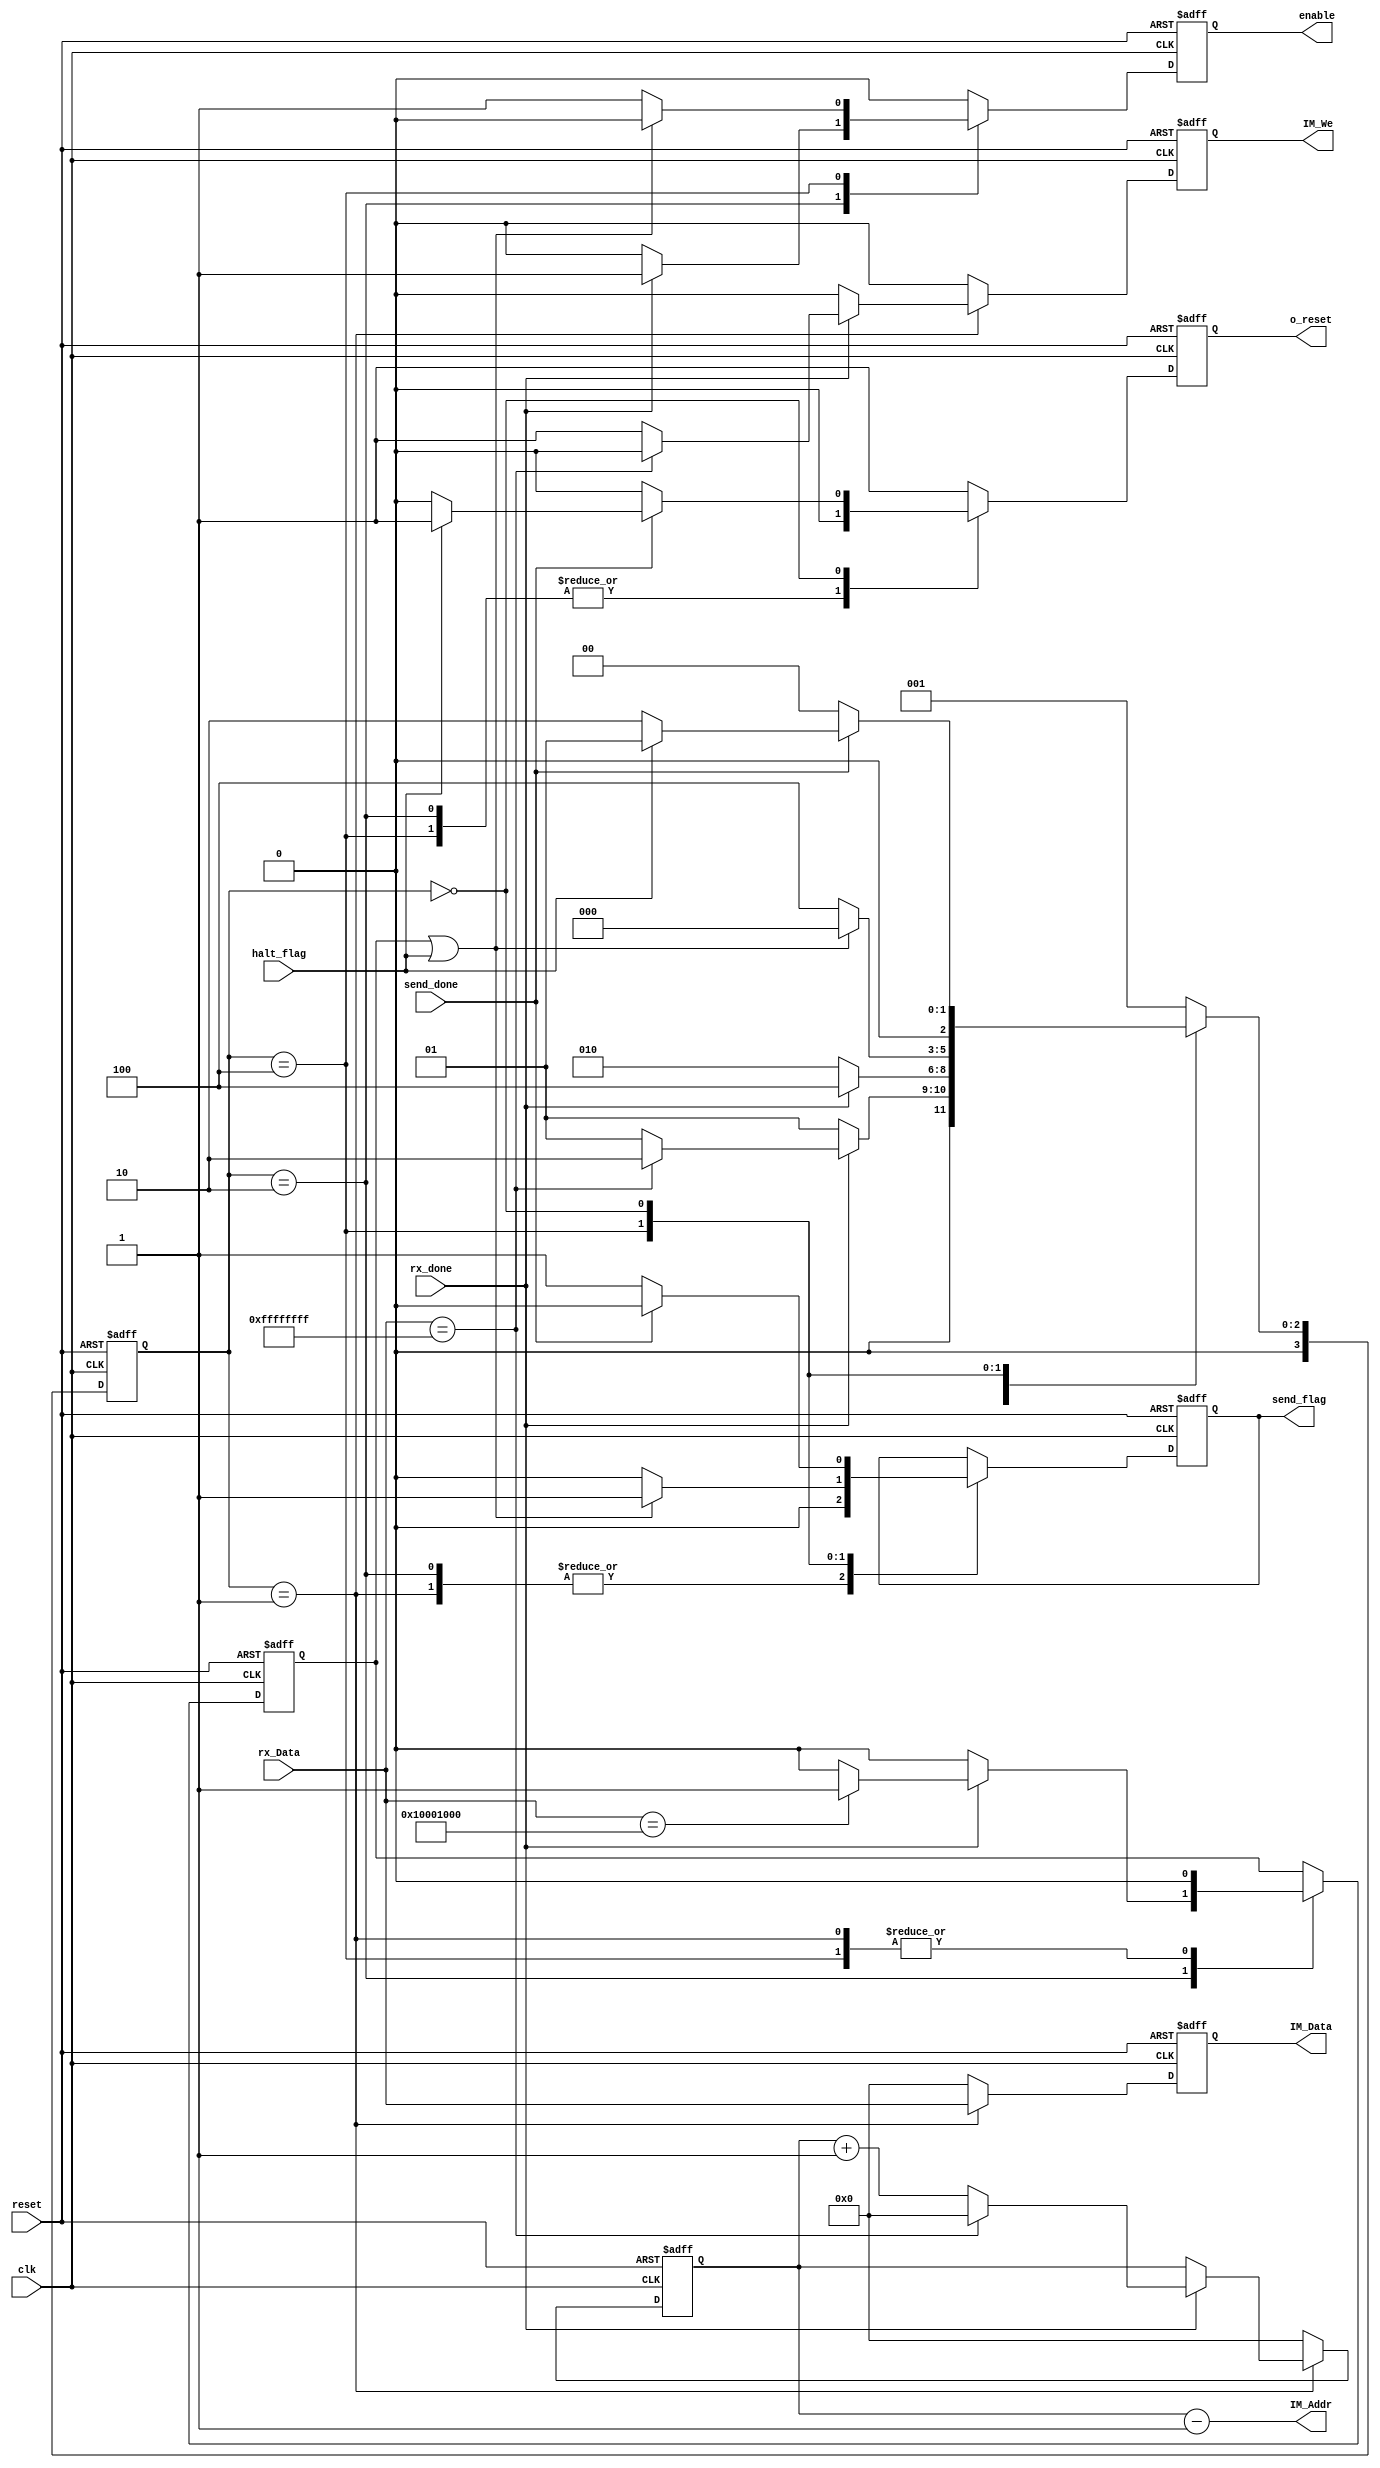
module debug_control    #(
    parameter   IM_ADDR_LENGTH      =       32      ,
    parameter   INST_WIDTH          =       32      ,
    parameter   NBITS               =       32
)
(
    /*  Entradas    */
    input   wire    clk         ,       reset       ,
    input   wire    [NBITS-1:0]         rx_Data     ,
    input   wire    rx_done     ,       halt_flag   ,
                                        send_done   ,
    /*  Salidas     */
    output  wire    enable      ,       o_reset     ,
                                        send_flag   ,
                                        IM_We       ,
    output  wire    [IM_ADDR_LENGTH-1:0]IM_Addr     ,
    output  wire    [INST_WIDTH-1:0]    IM_Data
);

    /*      Estados     */
    localparam[3:0]
        RECVPROG        =       4'b0001         ,   //  Recibiendo el programa
        RECVMODE        =       4'b0010         ,   //  Recibiendo el modo de operacion
        RUNPROG         =       4'b0100         ,   //  Correr Programa (Modo Continuo)
        SENDDATA        =       2'b1000         ;   //  Mandando todos los datos
        
    /*      Se�ales auxiliares   */

    reg     [3:0]   state_reg   ,   state_next  ;
    
    //  auxs de salidas
    reg     [IM_ADDR_LENGTH-1:0]    im_addr_reg     ,   im_addr_next    ;
    reg     [INST_WIDTH-1:0]        im_data_reg     ,   im_data_next    ;
    reg                             im_we_reg       ,   im_we_next      ;
    reg                             step_flag_reg   ,   step_flag_next  ;
    reg                             send_flag_reg   ,   send_flag_next  ;
    reg                             enable_reg      ,   enable_next     ;
    reg                             o_reset_reg     ,   o_reset_next    ;
    
    /*      Bloque de reset     */
    always  @(posedge clk, posedge reset)
    begin
        if  (reset)
            begin
                state_reg       <=      RECVPROG        ;
                im_addr_reg     <=      0               ;
                im_data_reg     <=      0               ;
                im_we_reg       <=      0               ;
                step_flag_reg   <=      0               ;
                send_flag_reg   <=      0               ;
                enable_reg      <=      0               ;
                o_reset_reg     <=      1               ;
            end
        else
            begin
                state_reg       <=      state_next      ;
                im_addr_reg     <=      im_addr_next    ;
                im_data_reg     <=      im_data_next    ;
                im_we_reg       <=      im_we_next      ;
                step_flag_reg   <=      step_flag_next  ;
                send_flag_reg   <=      send_flag_next  ;
                enable_reg      <=      enable_next     ;
                o_reset_reg     <=      o_reset_next    ;
            end
    end
    
    /*      Bloque de logica del estado siguiente       */
    always  @*
    begin
        state_next      =       state_reg       ;
        im_addr_next    =       im_addr_reg     ;
        im_data_next    =       im_data_reg     ;
        im_we_next      =       im_we_reg       ;
        step_flag_next  =       step_flag_reg   ;
        send_flag_next  =       send_flag_reg   ;
        enable_next     =       enable_reg      ;
        o_reset_next    =       o_reset_reg     ;
        
        case    (state_reg)
            RECVPROG:
                begin
                    im_data_next    =   rx_Data         ;
                    o_reset_next    =   1               ;
                    step_flag_next  =   0               ;
                    send_flag_next  =   0               ;
                    enable_next     =   0               ;
                    if  (rx_done)
                        begin
                            im_we_next      =   1           ;
                            if  (rx_Data    ==  32'hFFFFFFFF)               //  Ultima instruccion (HALT)
                                begin
                                    im_addr_next    =   0           ;
                                    im_we_next      =   0           ;
                                    state_next      =   RECVMODE    ;
                                end
                            else
                                begin
                                    im_addr_next    =   im_addr_reg + 1     ;
                                    state_next      =   RECVPROG            ;
                                end
                        end
                    else
                        begin
                            im_we_next      =   0           ;
                            im_addr_next    =   im_addr_reg ;
                            state_next      =   RECVPROG    ;
                        end
                end
            RECVMODE:
                begin
                    send_flag_next  =   0               ;
                    im_we_next      =   0               ;
                    o_reset_next    =   0               ;
                    im_addr_next    =   0               ;
                    im_data_next    =   0               ;
                    if  (rx_done)
                        begin
                            enable_next     =       1       ;
                            state_next      =       RUNPROG ;
                            if  (rx_Data    ==  32'h10001000)
                                begin
                                    step_flag_next  =   1       ;
                                end
                            else
                                begin
                                    step_flag_next  =   0       ;
                                end
                            end
                    else
                        begin
                            enable_next     =       0           ;
                            step_flag_next  =       0           ;
                            state_next      =       RECVMODE    ;
                        end
                end
            RUNPROG:
                begin
                    im_we_next      =   0               ;
                    o_reset_next    =   0               ;
                    im_addr_next    =   0               ;
                    im_data_next    =   0               ;
                    if  (step_flag_reg || halt_flag)        //No se si esta bien
                        begin
                            enable_next         =   0           ;
                            step_flag_next      =   0           ;
                            send_flag_next      =   1           ;
                            state_next          =   SENDDATA    ;
                        end
                    /*else if (halt_flag)
                        begin
                            enable_next         =   0           ;
                            step_flag_next      =   0           ;
                            send_flag_next      =   1           ;
                            state_next          =   SENDDATA    ;
                        end*/
                    else
                        begin
                            enable_next         =   1           ;
                            step_flag_next      =   0           ;
                            send_flag_next      =   0           ;
                            state_next          =   RUNPROG     ;
                        end
                end
            SENDDATA:
                begin
                    im_we_next      =   0               ;
                    o_reset_next    =   0               ;
                    im_addr_next    =   0               ;
                    im_data_next    =   0               ;
                    enable_next     =   0               ;
                    if  (send_done)                             // Se termina de transmitir
                        begin
                            send_flag_next  =       0       ;
                            if  (halt_flag)
                                begin
                                    o_reset_next    =   1           ;
                                    state_next      =   RECVPROG    ;
                                end
                            else
                                begin
                                    o_reset_next    =   0           ;
                                    state_next      =   RECVMODE    ;
                                end
                        end
                    else
                        begin
                            send_flag_next  =       1           ;
                            state_next      =       SENDDATA    ;
                        end
                end
            default:
                begin
                    enable_next     =   0           ;
                    im_we_next      =   0           ;
                    o_reset_next    =   1           ;
                    im_addr_next    =   0           ;
                    im_data_next    =   0           ;
                    state_next      =   RECVPROG    ;
                end
        endcase
    end
    
    //  Salidas
    assign      IM_Addr         =       im_addr_reg - 1 ;
    assign      IM_Data         =       im_data_reg     ;
    assign      IM_We           =       im_we_reg       ;
    //assign      step_flag       =       step_flag_reg   ;
    assign      send_flag       =       send_flag_reg   ;
    assign      enable          =       enable_reg      ;
    assign      o_reset         =       o_reset_reg     ;
    
endmodule